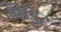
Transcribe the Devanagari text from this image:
व्बाइट